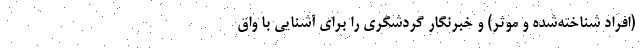
(افراد شناخته‌شده و موثر) و خبرنگار گردشگری را برای آشنایی با واق